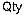
QTY